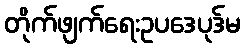
တိုက်ဖျက်ရေးဥပဒေပုဒ်မ